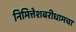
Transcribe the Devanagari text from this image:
निमित्तेशबरीधामचा